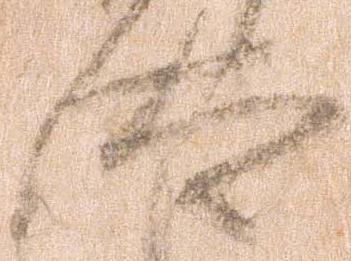
汰